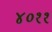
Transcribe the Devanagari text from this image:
४०११